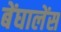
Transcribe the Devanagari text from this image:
बेंघालेंस